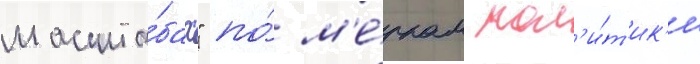
масшта́бах" по́ м'е́ркам пол'и́т'ик'и